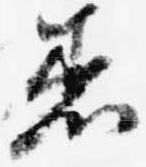
着